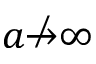
a \not \to \infty